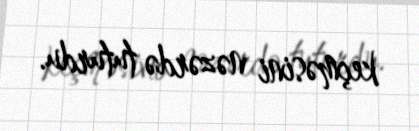
keçməsini nəzərdə tuturdu.